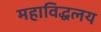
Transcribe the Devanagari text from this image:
महाविद्धलय